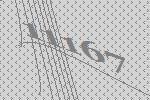
11167